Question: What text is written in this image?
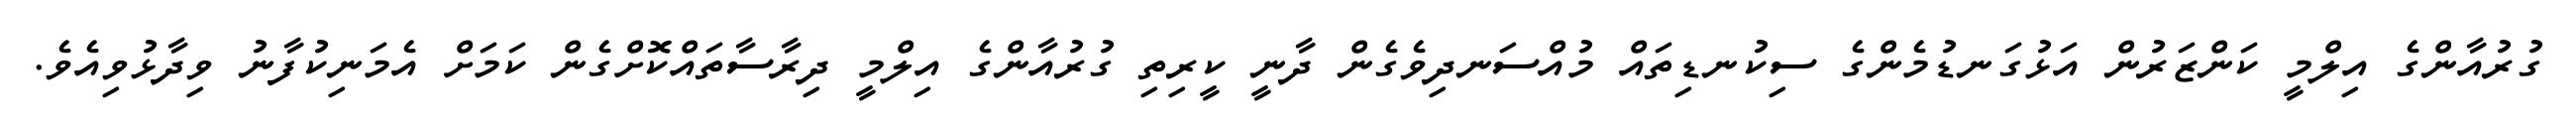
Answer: ގުރުއާންގެ އިލްމީ ކަންޒަރުން އަޅުގަނޑުމެންގެ ސިކުނޑިތައް މުއްސަނދިވެގެން ދާނީ ކީރިތި ގުރުއާންގެ އިލްމީ ދިރާސާތައްކޮށްގެން ކަމަށް އެމަނިކުފާނު ވިދާޅުވިއެވެ.